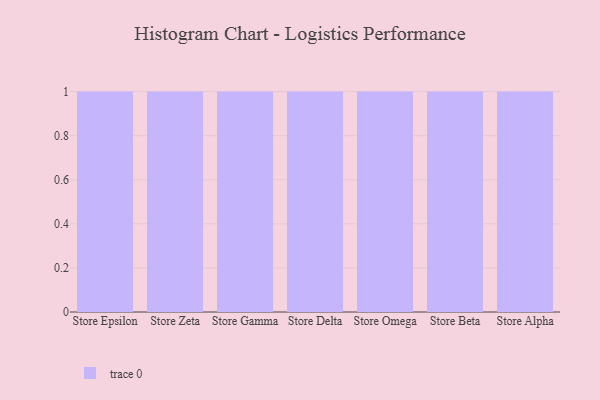
{"axis": {"x": "Store", "y": "Operating Costs (USD K)"}, "legend": [""], "data": [{"x": "Store Epsilon", "y": 14, "type": ""}, {"x": "Store Zeta", "y": 23, "type": ""}, {"x": "Store Gamma", "y": 61, "type": ""}, {"x": "Store Delta", "y": 32, "type": ""}, {"x": "Store Omega", "y": 24, "type": ""}, {"x": "Store Beta", "y": 96, "type": ""}, {"x": "Store Alpha", "y": 64, "type": ""}]}